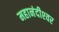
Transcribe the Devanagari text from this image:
महानंदीश्‍वर